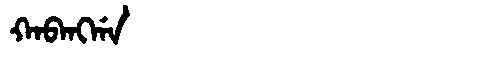
Manchu: ᡴᠠᠪᠠᠩᡤᠠ
Romanization: KABANGGA